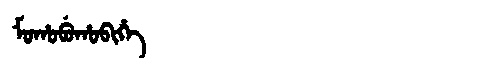
Manchu: ᠮᠣᡥᠣᠪᡠᡥᠣᠪᡳᡥᡝ
Romanization: MOHOBUHOBIHE